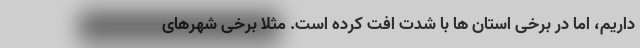
داریم، اما در برخی استان ها با شدت افت کرده است. مثلا برخی شهرهای